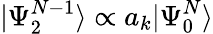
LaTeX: |\Psi_{2}^{N-1}\rangle\propto a_{k}|\Psi_{0}^{N}\rangle